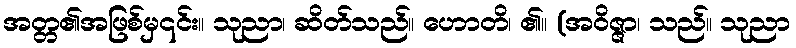
အတ္တ၏အဖြစ်မှ၎င်း။ သုညာ၊ ဆိတ်သည်။ ဟောတိ၊ ၏။ (အဝိဇ္ဇာ၊ သည်။ သုညာ